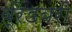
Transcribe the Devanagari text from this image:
ब्रेडबरी